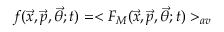
f ( { \vec { x } } , { \vec { p } } , { \vec { \theta } } ; t ) = < F _ { M } ( { \vec { x } } , { \vec { p } } , { \vec { \theta } } ; t ) > _ { a v }